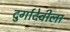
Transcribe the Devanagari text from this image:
दुर्गादेवीला